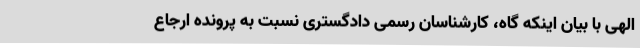
الهی با بیان اینکه گاه، کارشناسان رسمی دادگستری نسبت به پرونده ارجاع